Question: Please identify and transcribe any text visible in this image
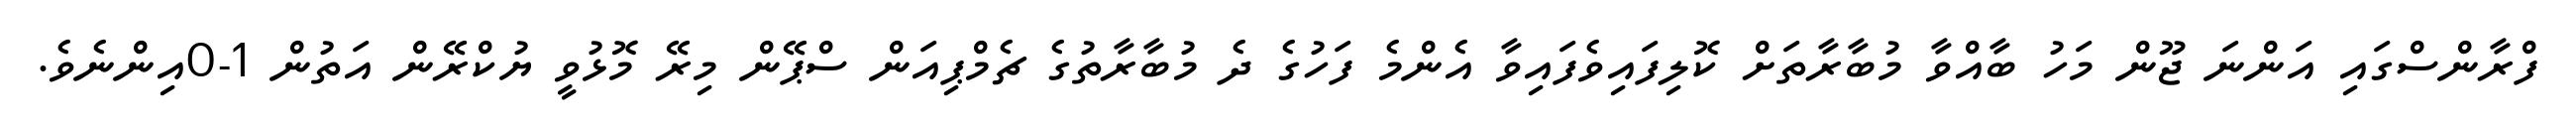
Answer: ފްރާންސްގައި އަންނަ ޖޫން މަހު ބާއްވާ މުބާރާތަށް ކޮލިފައިވެފައިވާ އެންމެ ފަހުގެ ދެ މުބާރާތުގެ ޗެމްޕިއަން ސްޕޭން މިރޭ މޮޅުވީ ޔުކްރޭން އަތުން 1-0އިންނެވެ.